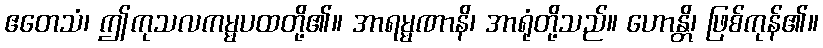
ဧတေသံ၊ ဤကုသလကမ္မပထတို့၏။ အာရမ္မဏာနိ၊ အာရုံတို့သည်။ ဟောန္တိ၊ ဖြစ်ကုန်၏။